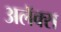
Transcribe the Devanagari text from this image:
अलॅक्स